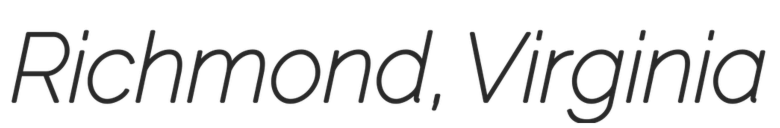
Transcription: Richmond, Virginia